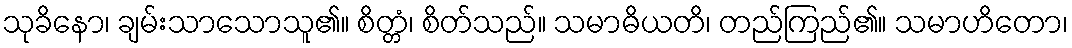
သုခိနော၊ ချမ်းသာသောသူ၏။ စိတ္တံ၊ စိတ်သည်။ သမာဓိယတိ၊ တည်ကြည်၏။ သမာဟိတော၊